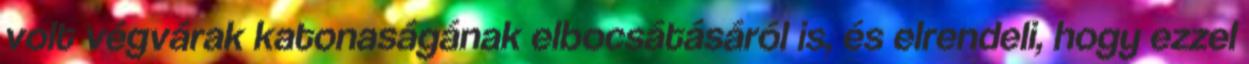
volt végvárak katonaságának elbocsátásáról is, és elrendeli, hogy ezzel